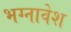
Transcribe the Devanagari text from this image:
भग्नावेश